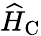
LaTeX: \widehat{H}_{\mathrm{C}}